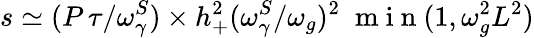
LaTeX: s\simeq({P\, \tau}/{\omega_{\gamma}^{S}})\times h_{+}^{2}({\omega_{\gamma}^{S}}/{\omega_{g}})^{2}\; \mathrm{~m~i~n~}(1,\omega_{g}^{2}L^{2})